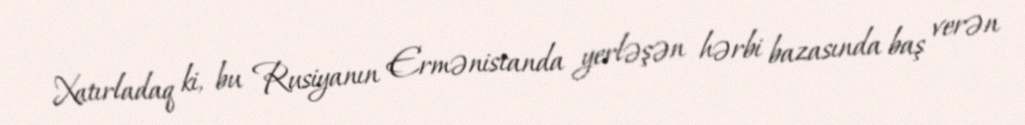
Xatırladaq ki, bu Rusiyanın Ermənistanda yerləşən hərbi bazasında baş verən